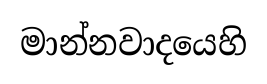
මාන්නවාදයෙහි